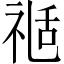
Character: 𥚇